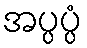
အပ္ပပ္ပံ